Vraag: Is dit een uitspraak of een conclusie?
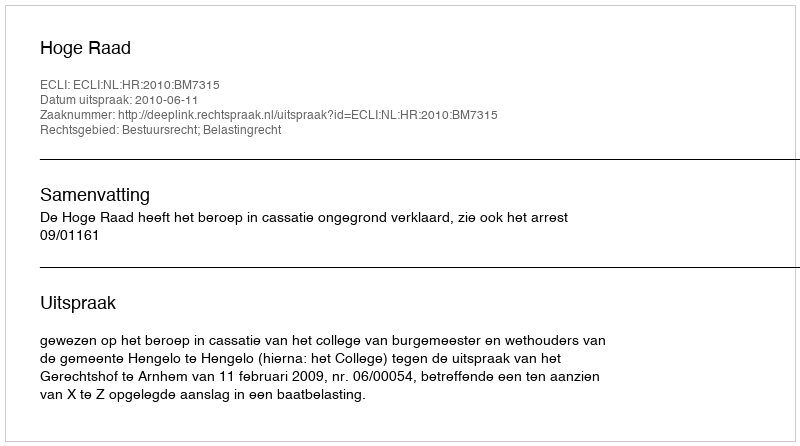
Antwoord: Uitspraak